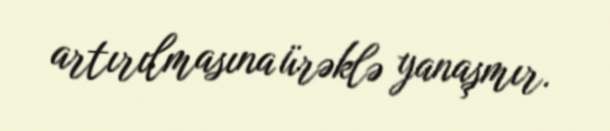
artırılmasına ürəklə yanaşmır.